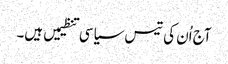
آج اُن کی تیس سیاسی تنظیمیں ہیں۔